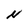
Character: N